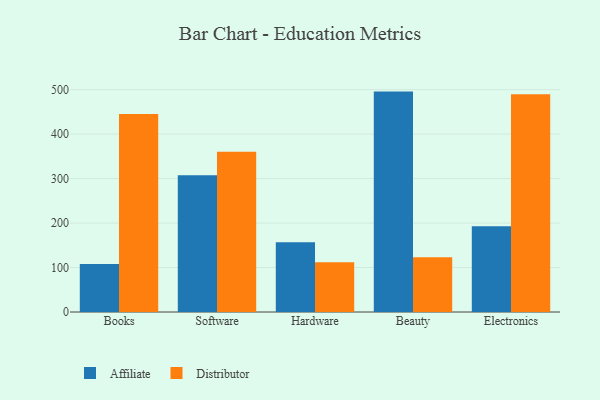
{"axis": {"x": "Category", "y": "Inventory Turnover"}, "legend": ["Affiliate", "Distributor"], "data": [{"x": "Books", "y": 107.7, "type": "Affiliate"}, {"x": "Books", "y": 445.1, "type": "Distributor"}, {"x": "Software", "y": 307.7, "type": "Affiliate"}, {"x": "Software", "y": 360.1, "type": "Distributor"}, {"x": "Hardware", "y": 157.0, "type": "Affiliate"}, {"x": "Hardware", "y": 112.0, "type": "Distributor"}, {"x": "Beauty", "y": 495.6, "type": "Affiliate"}, {"x": "Beauty", "y": 123.0, "type": "Distributor"}, {"x": "Electronics", "y": 192.9, "type": "Affiliate"}, {"x": "Electronics", "y": 489.5, "type": "Distributor"}]}